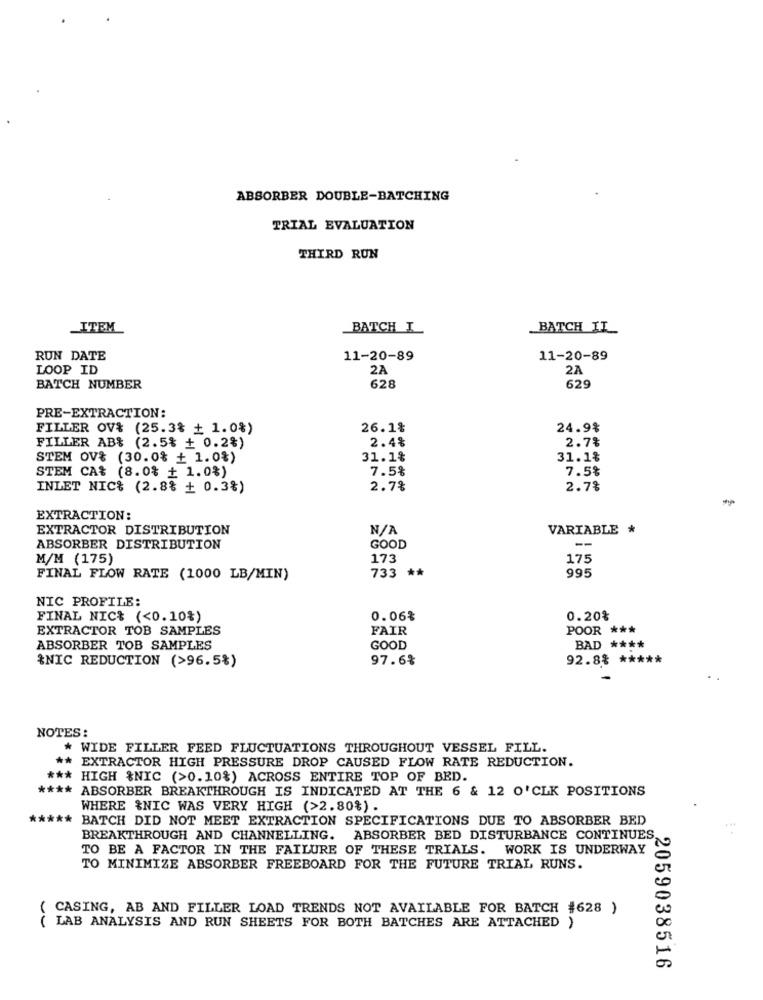
ABSORBER DOUBLE-BATCHING
TRIAL EVALUATION
THIRD RUN
ITEM
BATCH I
BATCH IL
RUN DATE
11-20-89
11-20-89
LOOP ID
2A
2A
BATCH NUMBER
628
629
PRE-EXTRACTION:
FILLER OV& (25.3% + 1.0%)
26.1%
24.9%
2.4%
2.7%
FILLER AB% (2.5% + 0.2%)
STEM OV& (30.0% + 1.0%)
31.1%
31.1%
STEM CA% (8.0% + 1.0%)
7.5%
7.5%
INLET NIC% (2.8% + 0.3%)
2.7%
2.7%
EXTRACTION:
EXTRACTOR DISTRIBUTION
VARIABLE *
ABSORBER DISTRIBUTION
GOOD
--
M/M (175)
173
175
FINAL FLOW RATE (1000 LB/MIN)
733 **
995
NIC PROFILE:
FINAL NIC% (<0.10%)
0.06%
0.20%
EXTRACTOR TOB SAMPLES
FAIR
POOR ***
ABSORBER TOB SAMPLES
GOOD
BAD ****
%NIC REDUCTION (>96.5%)
97.6%
92.8% *****
NOTES:
* WIDE FILLER FEED FLUCTUATIONS THROUGHOUT VESSEL FILL.
EXTRACTOR HIGH PRESSURE DROP CAUSED FLOW RATE REDUCTION.
*** HIGH %NIC (>0.10%) ACROSS ENTIRE TOP OF BED.
**** ABSORBER BREAKTHROUGH IS INDICATED AT THE 6 & 12 O'CLK POSITIONS
WHERE &NIC WAS VERY HIGH (>2.80%).
*****
BATCH DID NOT MEET EXTRACTION SPECIFICATIONS DUE TO ABSORBER BED
BREAKTHROUGH AND CHANNELLING. ABSORBER BED DISTURBANCE CONTINUES
TO BE A FACTOR IN THE FAILURE OF THESE TRIALS. WORK IS UNDERWAY
TO MINIMIZE ABSORBER FREEBOARD FOR THE FUTURE TRIAL RUNS.
CASING, AB AND FILLER LOAD TRENDS NOT AVAILABLE FOR BATCH #628 )
LAB ANALYSIS AND RUN SHEETS FOR BOTH BATCHES ARE ATTACHED )
2059038516